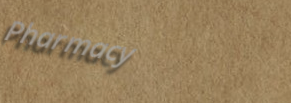
Pharmacy